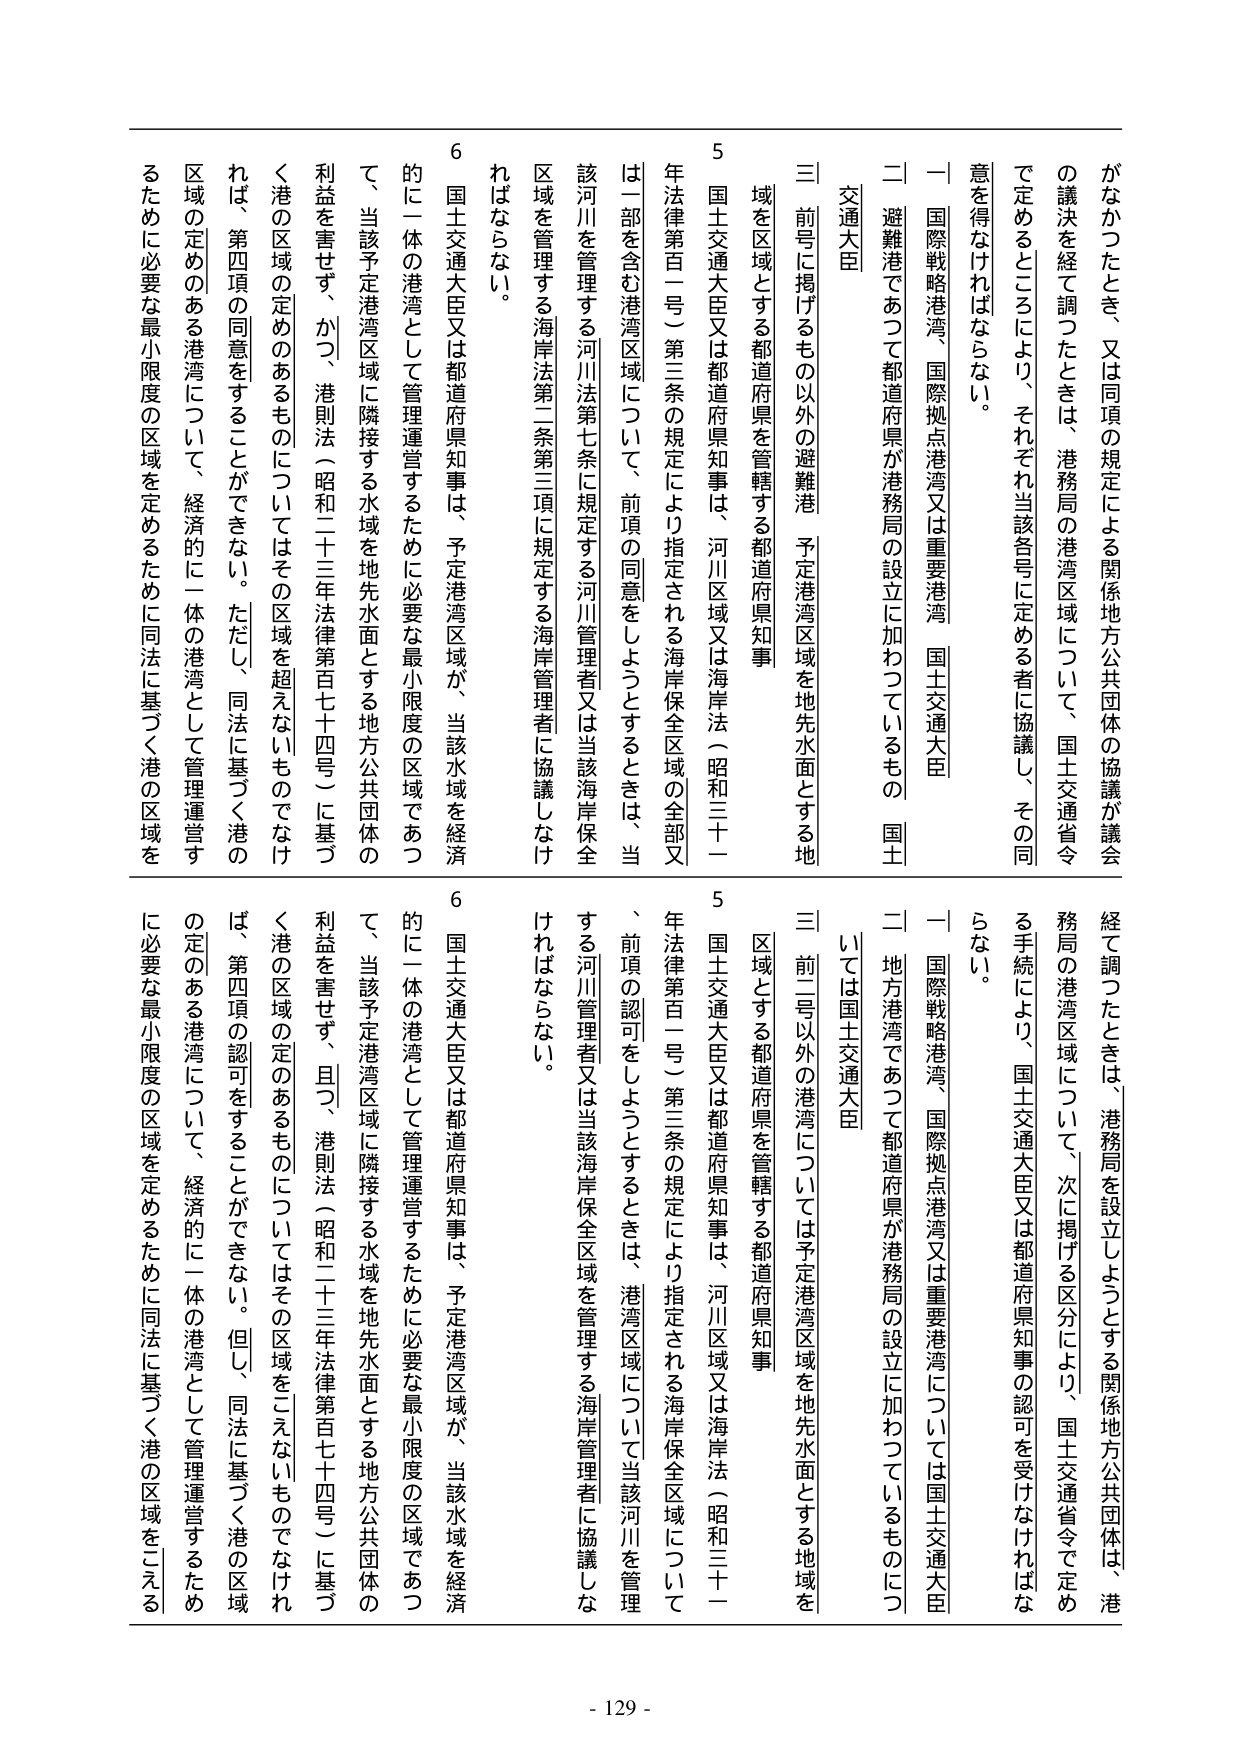
がなかったとき、又は同項の規定による関係地方公共団体の協議が議会の議決を経て調つたときは、港務局の港湾区域について、国土交通省令で定めるところにより、それぞれ当該各号に定める者に協議し、その同意を得なければならない。

一 国際戦略港湾、国際拠点港湾又は重要港湾 国土交通大臣
二 避難港であつて都道府県が港務局の設立に加わつているもの 国土交通大臣
三 前号に掲げるもの以外の避難港 予定港湾区域を地先水面とする地域を区域とする都道府県を管轄する都道府県知事

5 国土交通大臣又は都道府県知事は、河川区域又は海岸法（昭和三十一年法律第百一号）第三条の規定により指定される海岸保全区域の全部又は一部を含む港湾区域について、前項の同意をしようとするときは、当該河川を管理する河川法第七条に規定する河川管理者又は当該海岸保全区域を管理する海岸法第二条第三項に規定する海岸管理者に協議しなければならない。

6 国土交通大臣又は都道府県知事は、予定港湾区域が、当該水域を経済的に一体の港湾として管理運営するために必要な最小限度の区域であつて、当該予定港湾区域に隣接する水域を地先水面とする地方公共団体の利益を害せず、かつ、港則法（昭和二十三年法律第百七十四号）に基づく港の区域の定めのあるものについてはその区域を超えないものでなければ、第四項の同意をすることができない。ただし、同法に基づく港の区域の定めのある港湾について、経済的に一体の港湾として管理運営するために必要な最小限度の区域を定めるために同法に基づく港の区域を

経て調つたときは、港務局を設立しようとする関係地方公共団体は、港務局の港湾区域について、次に掲げる区分により、国土交通省令で定める手続により、国土交通大臣又は都道府県知事の認可を受けなければならない。

一 国際戦略港湾、国際拠点港湾又は重要港湾については国土交通大臣
二 地方港湾であつて都道府県が港務局の設立に加わつているものについては国土交通大臣
三 前二号以外の港湾については予定港湾区域を地先水面とする地域を区域とする都道府県を管轄する都道府県知事

5 国土交通大臣又は都道府県知事は、河川区域又は海岸法（昭和三十一年法律第百一号）第三条の規定により指定される海岸保全区域について、前項の認可をしようとするときは、港湾区域について当該河川を管理する河川管理者又は当該海岸保全区域を管理する海岸管理者に協議しなければならない。

6 国土交通大臣又は都道府県知事は、予定港湾区域が、当該水域を経済的に一体の港湾として管理運営するために必要な最小限度の区域であつて、当該予定港湾区域に隣接する水域を地先水面とする地方公共団体の利益を害せず、且つ、港則法（昭和二十三年法律第百七十四号）に基づく港の区域の定めのあるものについてはその区域をこえないものでなければ、第四項の認可をすることができない。但し、同法に基づく港の区域の定めのある港湾について、経済的に一体の港湾として管理運営するために必要な最小限度の区域を定めるために同法に基づく港の区域をこえる

- 129 -